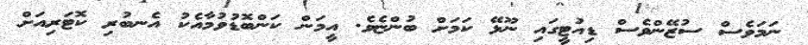
ނަމަވެސް ސުޒޭންވެސް ޑިއުޓީގައި ނޫޅޭ ކަމަށް ބުންޏެވެ. އީމަން ކަންބޮޑުވުމާއެކު އެނބުރި ކޮޓަރިއަށް